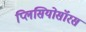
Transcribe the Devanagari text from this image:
प्लिसियोसॉरस